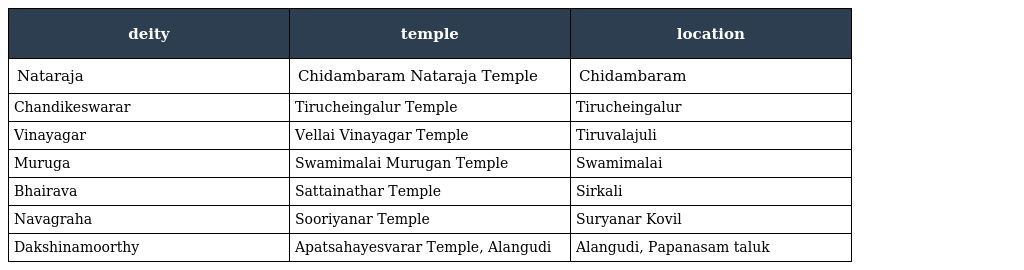
| deity | temple | location |
 | --- | --- | --- |
 | Nataraja | Chidambaram Nataraja Temple | Chidambaram |
 | Chandikeswarar | Tirucheingalur Temple | Tirucheingalur |
 | Vinayagar | Vellai Vinayagar Temple | Tiruvalajuli |
 | Muruga | Swamimalai Murugan Temple | Swamimalai |
 | Bhairava | Sattainathar Temple | Sirkali |
 | Navagraha | Sooriyanar Temple | Suryanar Kovil |
 | Dakshinamoorthy | Apatsahayesvarar Temple, Alangudi | Alangudi, Papanasam taluk |